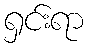
ရှင်းရာ